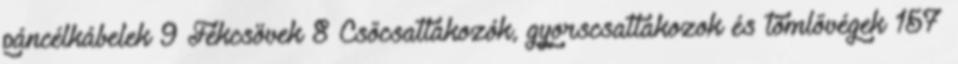
páncélkábelek 9 Fékcsövek 8 Csőcsatlakozók, gyorscsatlakozok és tömlővégek 157